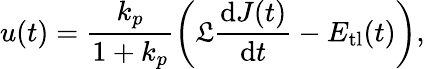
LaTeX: u(t)=\frac{k_{p}}{1+k_{p}}\left(\mathfrak{L}\frac{\mathrm{d}J(t)}{\mathrm{d}t}-E_{\mathrm{tl}}(t)\right),